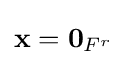
\mathbf {x} =\mathbf {0} _{{F}^{r}}